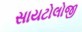
સાયટોલોજી